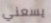
يسعني